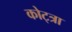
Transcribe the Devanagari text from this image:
कोट्त्रा